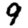
Digit: 9